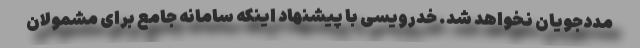
مددجویان نخواهد شد. خدرویسی با پیشنهاد اینکه سامانه جامع برای مشمولان